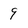
Character: 9